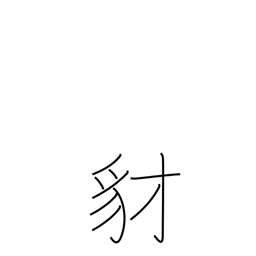
Meaning: jackal